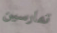
تمارسين